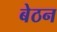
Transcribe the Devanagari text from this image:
बेठन